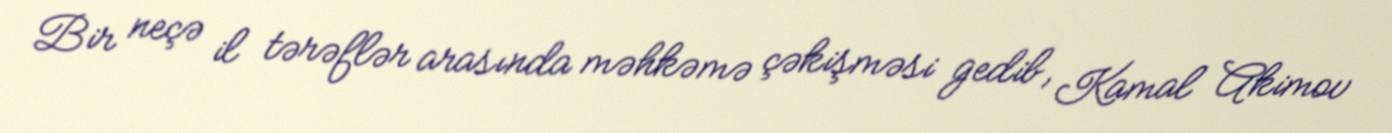
Bir neçə il tərəflər arasında məhkəmə çəkişməsi gedib, Kamal Akimov